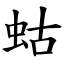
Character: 蛄